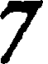
7